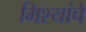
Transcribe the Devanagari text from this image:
मिश्यांचे